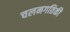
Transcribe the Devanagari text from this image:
चलनगतिकी